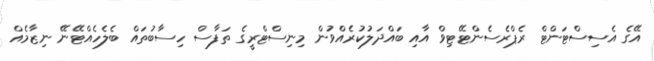
އޭގެ އެސިސްޓަންޓް ރެޕްރެސެންޓޭޓިވް އާއި ބައްދަލުކުރެއްވުން މިނިސްޓްރީގެ ތަފާސް ހިސާބުތައް ބެލެހެއްޓޭނޭ ނިޒާމެއް